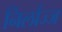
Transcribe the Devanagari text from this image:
निर्लाज्ज